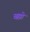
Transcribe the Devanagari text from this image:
बह्मो